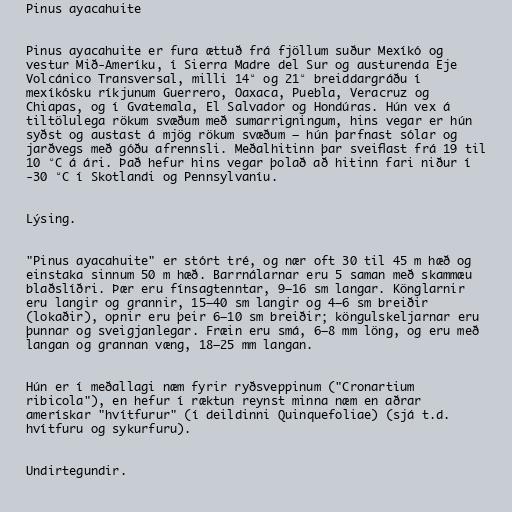
Pinus ayacahuite

Pinus ayacahuite er fura ættuð frá fjöllum suður Mexíkó og
vestur Mið-Ameríku, í Sierra Madre del Sur og austurenda Eje
Volcánico Transversal, milli 14° og 21° breiddargráðu í
mexíkósku ríkjunum Guerrero, Oaxaca, Puebla, Veracruz og
Chiapas, og í Gvatemala, El Salvador og Hondúras. Hún vex á
tiltölulega rökum svæðum með sumarrigningum, hins vegar er hún
syðst og austast á mjög rökum svæðum – hún þarfnast sólar og
jarðvegs með góðu afrennsli. Meðalhitinn þar sveiflast frá 19 til
10 °C á ári. Það hefur hins vegar þolað að hitinn fari niður í
-30 °C í Skotlandi og Pennsylvaníu.

Lýsing.

"Pinus ayacahuite" er stórt tré, og nær oft 30 til 45 m hæð og
einstaka sinnum 50 m hæð. Barrnálarnar eru 5 saman með skammæu
blaðslíðri. Þær eru fínsagtenntar, 9–16 sm langar. Könglarnir
eru langir og grannir, 15–40 sm langir og 4–6 sm breiðir
(lokaðir), opnir eru þeir 6–10 sm breiðir; köngulskeljarnar eru
þunnar og sveigjanlegar. Fræin eru smá, 6–8 mm löng, og eru með
langan og grannan væng, 18–25 mm langan.

Hún er í meðallagi næm fyrir ryðsveppinum ("Cronartium
ribicola"), en hefur í ræktun reynst minna næm en aðrar
amerískar "hvítfurur" (í deildinni Quinquefoliae) (sjá t.d.
hvítfuru og sykurfuru).

Undirtegundir.